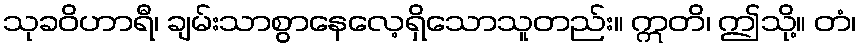
သုခဝိဟာရီ၊ ချမ်းသာစွာနေလေ့ရှိသောသူတည်း။ ဣတိ၊ ဤသို့။ တံ၊